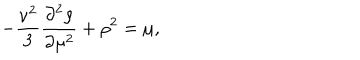
- { \frac { \nu ^ { 2 } } { 3 } } \frac { \partial ^ { 2 } \rho } { \partial \mu ^ { 2 } } + \rho ^ { 2 } = \mu ,